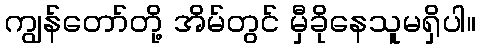
ကျွန်တော်တို့ အိမ်တွင် မှီခိုနေသူမရှိပါ။